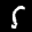
Label: 5